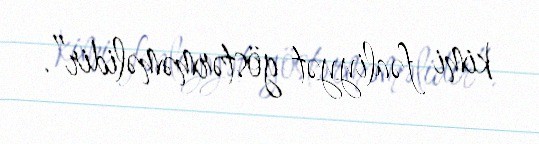
kimi fəaliyyət göstərməməlidir”.